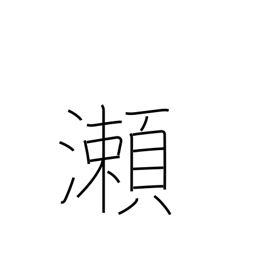
Meaning: shallows